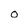
Character: o